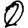
Digit: 0